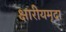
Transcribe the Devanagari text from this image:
क्षारीयमृदा